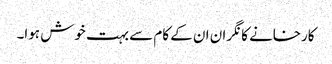
کارخانے کا نگران ان کے کام سے بہت خوش ہوا۔